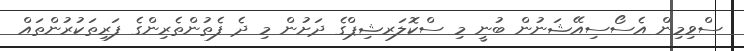
ސްވިމިން އެސޯސިއޭޝަނުން ބުނީ މި ސްކޮލަރޝިޕްގެ ދަށުން މި ދެ ފެތުންތެރިންގެ ފަރިތަކުރުންތައް